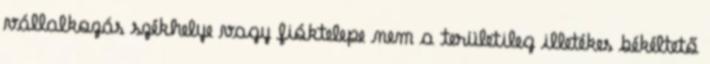
vállalkozás székhelye vagy fióktelepe nem a területileg illetékes békéltető